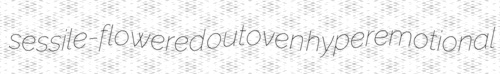
sessile-flowered outoven hyperemotional